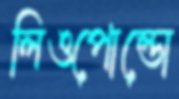
লিওপোল্ডো